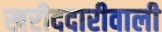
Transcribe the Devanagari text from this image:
खरीददारीवाली